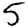
Digit: 5